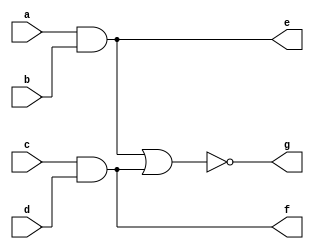
`timescale 1ns / 1ps


module four_input_aoi_gate(
    input a,
    input b,
    input c,
    input d,
    output e,
    output f,
    output g
    );
    assign e=a&b;
    assign f=c&d;
    assign g=~(e|f);
endmodule